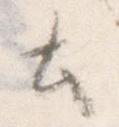
と